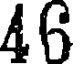
46